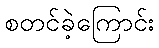
စတင်ခဲ့ကြောင်း